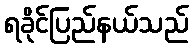
ရခိုင်ပြည်နယ်သည်